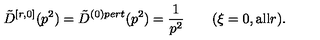
\tilde { D } ^ { [ r , 0 ] } ( p ^ { 2 } ) = \tilde { D } ^ { ( 0 ) p e r t } ( p ^ { 2 } ) = \frac { 1 } { p ^ { 2 } } \qquad ( \xi = 0 , \mathrm { a l l } r ) .